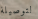
لتوصيلة